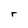
Character: r